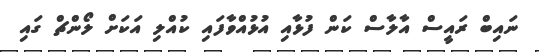
ނައިބް ރައީސް އާލާސް ކަން ފުޅާއި އުޅުއްވާފައި ކުއްލި އަކަށް ލޯންޗް ގައި